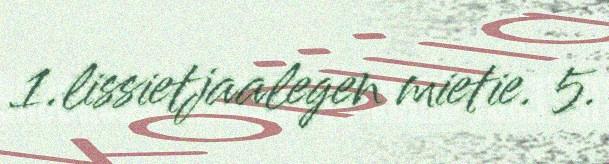
1.lissietjaalegen mietie. 5.